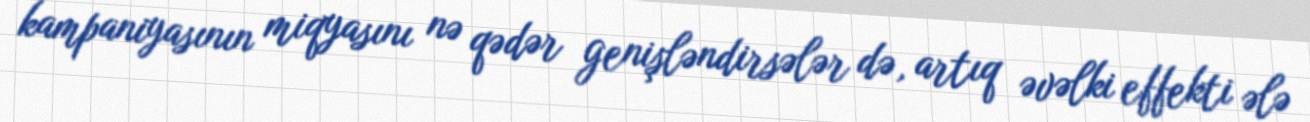
kampaniyasının miqyasını nə qədər genişləndirsələr də, artıq əvəlki effekti ələ